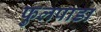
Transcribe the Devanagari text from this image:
फुलपाडा